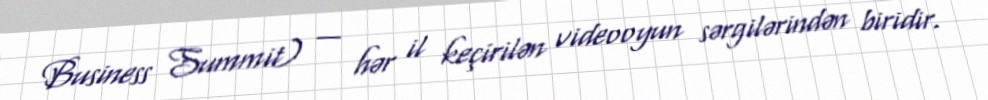
Business Summit) — hər il keçirilən videooyun sərgilərindən biridir.